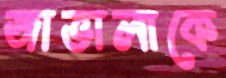
জাভালাকে